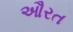
ઔરત